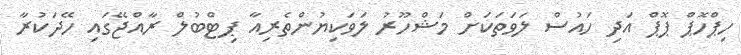
ހިޕްހޮޕް ޕޮޕް އަދި ހައުސް ލަވަތަކަށް މަޝްހޫރު ލަވަކިޔުންތެރިއާ ޕިޓްބުލް ރާއްޖޭގައި ހޭދަކުރާ